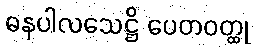
ဓနပါလသေဋ္ဌိ ပေတဝတ္ထု